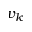
v _ { k }